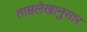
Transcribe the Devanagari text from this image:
ताम्रलेखानुसार